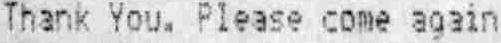
THANK YOU. PLEASE COME AGAIN